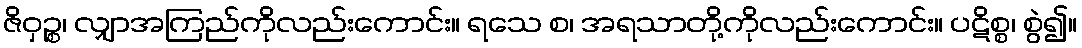
ဇိဝှဉ္စ၊ လျှာအကြည်ကိုလည်းကောင်း။ ရသေ စ၊ အရသာတို့ကိုလည်းကောင်း။ ပဋိစ္စ၊ စွဲ၍။